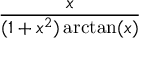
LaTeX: \frac { x } { ( 1 + x ^ { 2 } ) \arctan ( x ) }